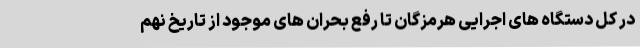
در کل دستگاه های اجرایی هرمزگان تا رفع بحران های موجود از تاریخ نهم